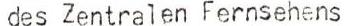
des Zentralen Fernsehens